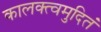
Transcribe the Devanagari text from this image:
कालक्त्वमुदितं